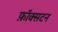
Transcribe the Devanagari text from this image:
फ़ॉक्सटन